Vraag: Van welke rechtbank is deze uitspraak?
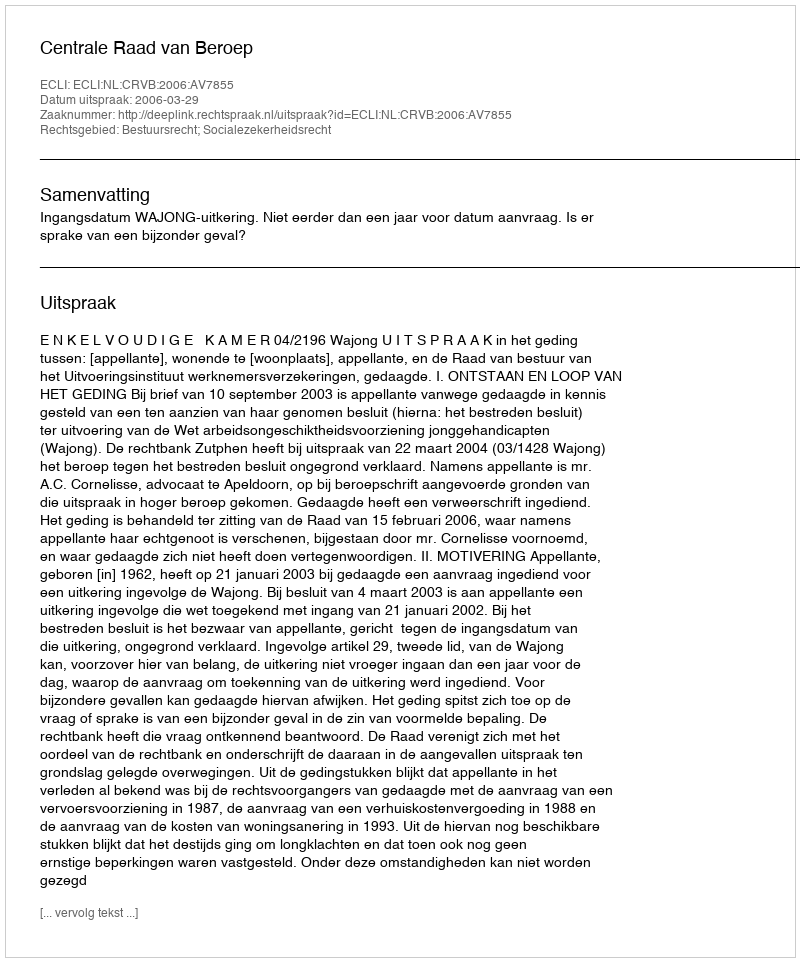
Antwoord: Centrale Raad van Beroep